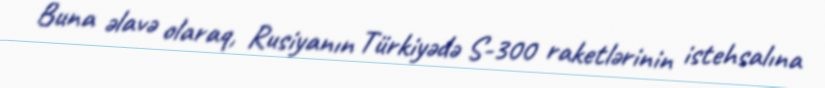
Buna əlavə olaraq, Rusiyanın Türkiyədə S-300 raketlərinin istehsalına